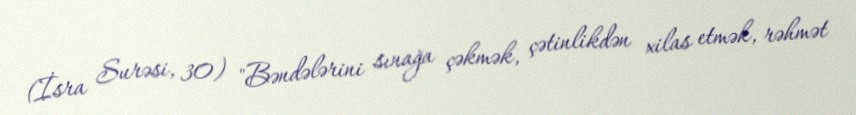
(İsra Surəsi, 30) "Bəndələrini sınağa çəkmək, çətinlikdən xilas etmək, rəhmət